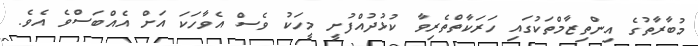
މުބާރާތުގެ އިންތިޒާމްތަކުގައި ހަރަކާތްތެރިވާ ކުޅުދުއްފުށީ މީހަކު ވެސް އެވާހަކަ އަށް އެއްބަސްވެ އެވެ.